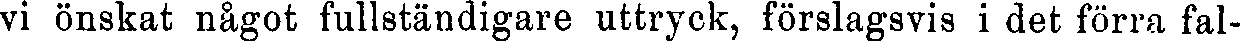
vi önskat något fullständigare uttryck, förslagsvis i det förra fal-